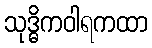
သုဒ္ဓိကဝါရကထာ